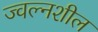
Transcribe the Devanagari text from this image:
ज्वल्नशील